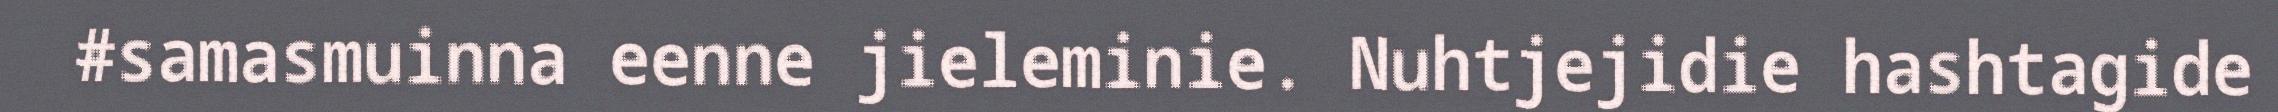
#samasmuinna eenne jieleminie. Nuhtjejidie hashtagide